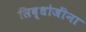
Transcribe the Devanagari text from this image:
सिद्धोजींना